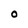
Character: O